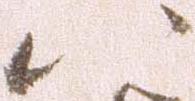
八